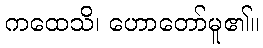
ကထေသိ၊ ဟောတော်မူ၏။